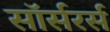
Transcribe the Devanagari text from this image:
सॉर्सरर्स